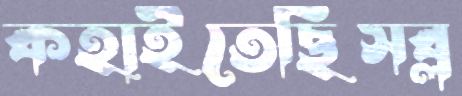
কহাইতেছিসব্ল